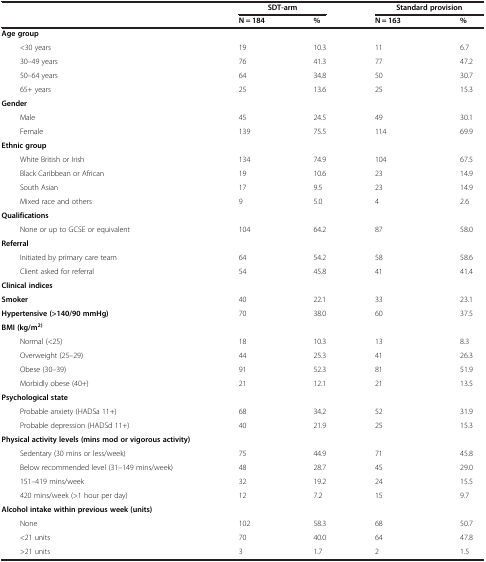
<table><thead><tr><td><b> </b></td><td><b>SDT-arm</b></td><td><b> </b></td><td><b>Standard provision</b></td><td><b> </b></td></tr><tr><td><b> </b></td><td><b>N = 184</b></td><td><b>%</b></td><td><b>N = 163</b></td><td><b>%</b></td></tr></thead><tbody><tr><td><b>Age group</b></td><td> </td><td> </td><td> </td><td> </td></tr><tr><td>&lt;30 years</td><td>19</td><td>10.3</td><td>11</td><td>6.7</td></tr><tr><td>30–49 years</td><td>76</td><td>41.3</td><td>77</td><td>47.2</td></tr><tr><td>50–64 years</td><td>64</td><td>34.8</td><td>50</td><td>30.7</td></tr><tr><td>65+ years</td><td>25</td><td>13.6</td><td>25</td><td>15.3</td></tr><tr><td><b>Gender</b></td><td> </td><td> </td><td> </td><td> </td></tr><tr><td>Male</td><td>45</td><td>24.5</td><td>49</td><td>30.1</td></tr><tr><td>Female</td><td>139</td><td>75.5</td><td>114</td><td>69.9</td></tr><tr><td><b>Ethnic group</b></td><td> </td><td> </td><td> </td><td> </td></tr><tr><td>White British or Irish</td><td>134</td><td>74.9</td><td>104</td><td>67.5</td></tr><tr><td>Black Caribbean or African</td><td>19</td><td>10.6</td><td>23</td><td>14.9</td></tr><tr><td>South Asian</td><td>17</td><td>9.5</td><td>23</td><td>14.9</td></tr><tr><td>Mixed race and others</td><td>9</td><td>5.0</td><td>4</td><td>2.6</td></tr><tr><td><b>Qualifications</b></td><td> </td><td> </td><td> </td><td> </td></tr><tr><td>None or up to GCSE or equivalent</td><td>104</td><td>64.2</td><td>87</td><td>58.0</td></tr><tr><td><b>Referral</b></td><td> </td><td> </td><td> </td><td> </td></tr><tr><td>Initiated by primary care team</td><td>64</td><td>54.2</td><td>58</td><td>58.6</td></tr><tr><td>Client asked for referral</td><td>54</td><td>45.8</td><td>41</td><td>41.4</td></tr><tr><td><b>Clinical indices</b></td><td> </td><td> </td><td> </td><td> </td></tr><tr><td><b>Smoker</b></td><td>40</td><td>22.1</td><td>33</td><td>23.1</td></tr><tr><td><b>Hypertensive (&gt;140/90 mmHg)</b></td><td>70</td><td>38.0</td><td>60</td><td>37.5</td></tr><tr><td><b>BMI (kg/m</b><sup><b>2)</b></sup></td><td> </td><td> </td><td> </td><td> </td></tr><tr><td>Normal (&lt;25)</td><td>18</td><td>10.3</td><td>13</td><td>8.3</td></tr><tr><td>Overweight (25–29)</td><td>44</td><td>25.3</td><td>41</td><td>26.3</td></tr><tr><td>Obese (30–39)</td><td>91</td><td>52.3</td><td>81</td><td>51.9</td></tr><tr><td>Morbidly obese (40+)</td><td>21</td><td>12.1</td><td>21</td><td>13.5</td></tr><tr><td><b>Psychological state</b></td><td> </td><td> </td><td> </td><td> </td></tr><tr><td>Probable anxiety (HADSa 11+)</td><td>68</td><td>34.2</td><td>52</td><td>31.9</td></tr><tr><td>Probable depression (HADSd 11+)</td><td>40</td><td>21.9</td><td>25</td><td>15.3</td></tr><tr><td><b>Physical activity levels (mins mod or vigorous activity)</b></td><td> </td><td> </td><td> </td><td> </td></tr><tr><td>Sedentary (30 mins or less/week)</td><td>75</td><td>44.9</td><td>71</td><td>45.8</td></tr><tr><td>Below recommended level (31–149 mins/week)</td><td>48</td><td>28.7</td><td>45</td><td>29.0</td></tr><tr><td>151–419 mins/week</td><td>32</td><td>19.2</td><td>24</td><td>15.5</td></tr><tr><td>420 mins/week (&gt;1 hour per day)</td><td>12</td><td>7.2</td><td>15</td><td>9.7</td></tr><tr><td><b>Alcohol intake within previous week (units)</b></td><td> </td><td> </td><td> </td><td> </td></tr><tr><td>None</td><td>102</td><td>58.3</td><td>68</td><td>50.7</td></tr><tr><td>&lt;21 units</td><td>70</td><td>40.0</td><td>64</td><td>47.8</td></tr><tr><td>&gt;21 units</td><td>3</td><td>1.7</td><td>2</td><td>1.5</td></tr></tbody></table>